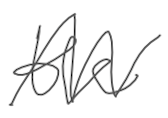
Text: the
Cross-out: zig-zag
Writing tool: digital_gray